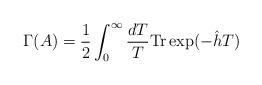
LaTeX: \begin{align*}\Gamma(A)=\frac{1}{2}\int^\infty_0\frac{dT}{T}{\rm Tr}\exp(-\hat h T)\end{align*}